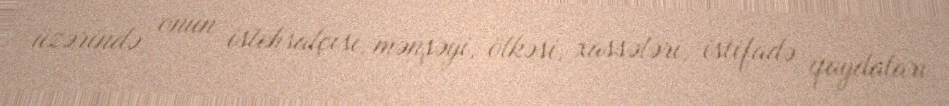
üzərində onun istehsalçısı, mənşəyi, ölkəsi, xassələri, istifadə qaydaları